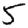
Digit: 5